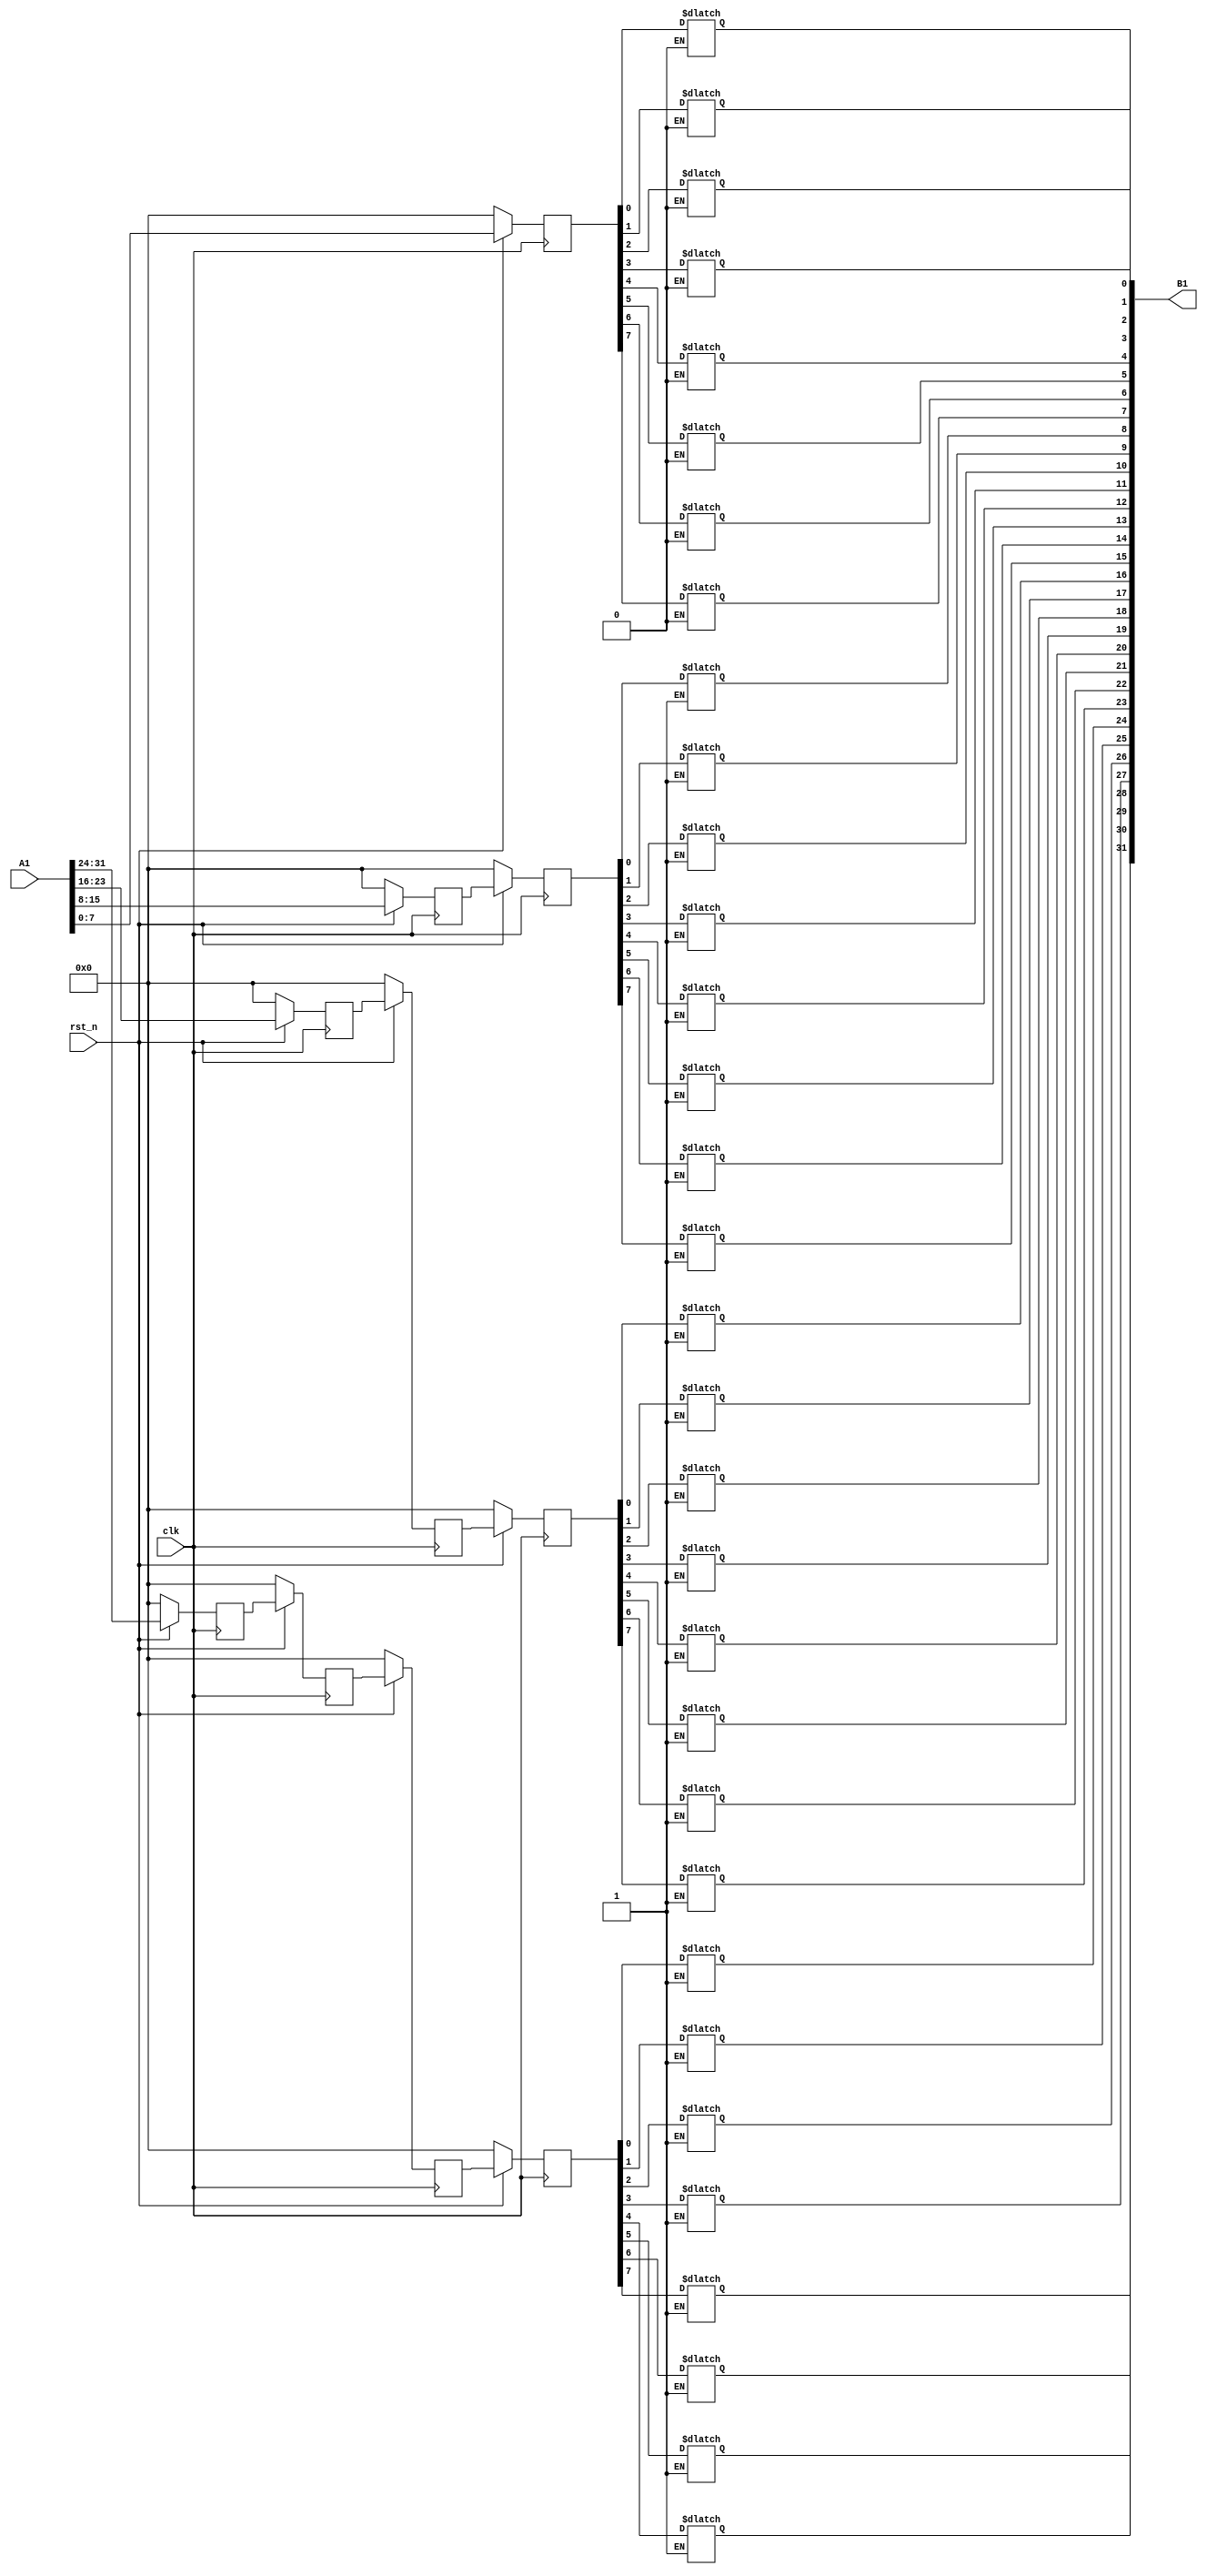

module mmu_setup #(parameter VAR_SIZE = 8, parameter MMU_SIZE = 4, parameter REVERSED = 0)
(
  output reg signed [(VAR_SIZE*MMU_SIZE-1):0] B1,
  input wire signed [(VAR_SIZE*MMU_SIZE-1):0] A1,
  input wire clk,
  input wire rst_n
);
  
  wire signed [(VAR_SIZE-1):0] B [0:(MMU_SIZE-1)];
  reg signed [(VAR_SIZE-1):0] A [0:(MMU_SIZE-1)];
  integer a, b, c, d;
  
  generate
    genvar i, j;
    
    if (!REVERSED) begin
      
      for (i = 0; i < MMU_SIZE; i = i + 1) begin : x
        for (j = 0; j < (i + 1); j = j + 1) begin : y
          
          wire signed [(VAR_SIZE-1):0] in;
          reg signed [(VAR_SIZE-1):0] out;
          
          always @(posedge clk) begin
            if (!rst_n)
              out <= 0;
            else
              out <= in;
          end
          
          if (j > 0)
            assign x[i].y[j].in = x[i].y[j-1].out;
          else
            assign x[i].y[j].in = A[i];
          
          if (j == i)
            assign B[i] = x[i].y[j].out;
        end
      end
    end
    else begin
      assign B[MMU_SIZE-1] = A[MMU_SIZE-1];
      
      for (i = 0; i < MMU_SIZE; i = i + 1) begin : x
        for (j = 0; j < (MMU_SIZE-i-1); j = j + 1) begin : y
          
          wire signed [(VAR_SIZE-1):0] in;
          reg signed [(VAR_SIZE-1):0] out;
          
          always @(posedge clk) begin
            if (!rst_n)
              out <= 0;
            else
              out <= in;
          end
          
          if (j > 0)
            assign x[i].y[j].in = x[i].y[j-1].out;
          else
            assign x[i].y[j].in = A[i];
          
          if (j == (MMU_SIZE-i-2))
            assign B[i] = x[i].y[j].out;
        end
      end      
    end
    
  endgenerate
  
  /* Convert 1D input arrays to 2D */
  always @(*) begin
    b = 0;
    for (a = 0; a < MMU_SIZE; a = a + 1) begin
      A[a] = A1[(b * VAR_SIZE)+:VAR_SIZE];
      b = b + 1;
    end
  end
  
  /* Convert 2D output array to 1D */
  always @(*) begin
    d = 0;
    for (c = 0; c < MMU_SIZE; c = c + 1) begin
      B1[(d * VAR_SIZE)+:VAR_SIZE] = B[c];
      d = d + 1;
    end
  end
  
endmodule